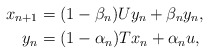
\begin{align*}x_{n+1} & = (1-\beta_n)Uy_n + \beta_n y_n,\\y_{n} & = (1-\alpha_n)T x_n + \alpha_n u,\end{align*}